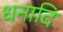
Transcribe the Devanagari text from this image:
धनादि